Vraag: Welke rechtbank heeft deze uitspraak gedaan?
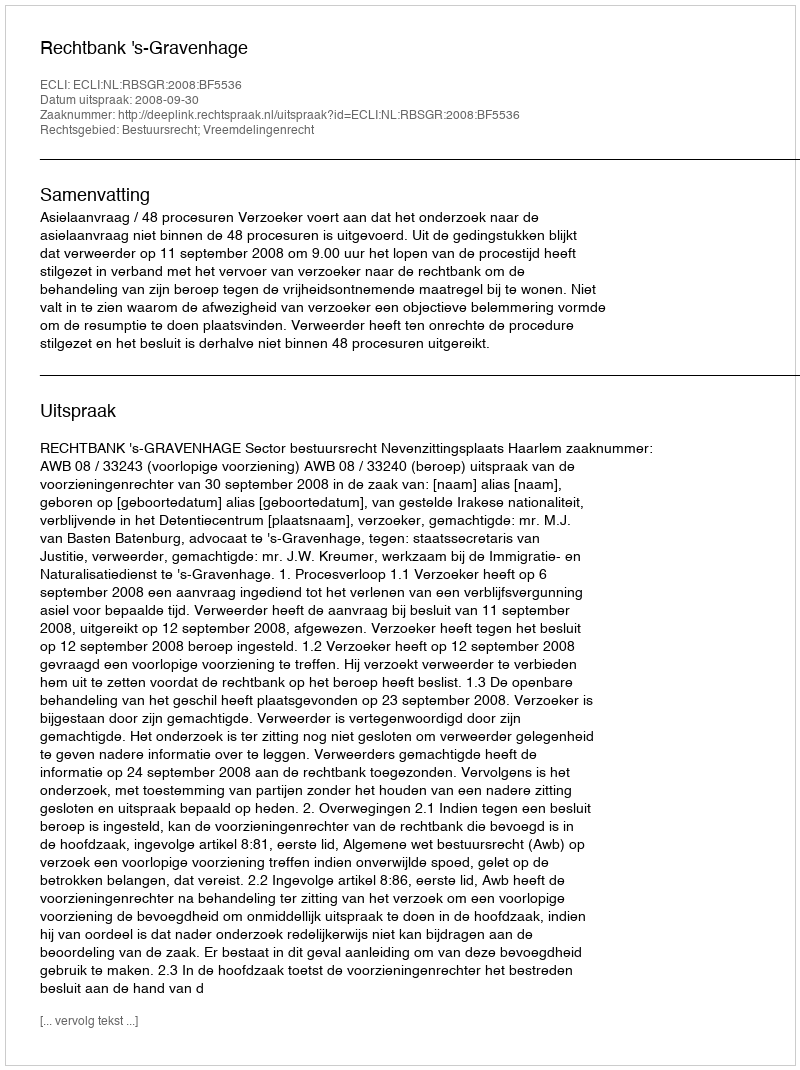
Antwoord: Rechtbank 's-Gravenhage